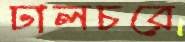
ঢালচরে